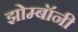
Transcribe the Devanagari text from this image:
झोम्बॉनी